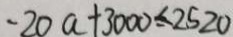
- 2 0 a + 3 0 0 0 \leq 2 5 2 0